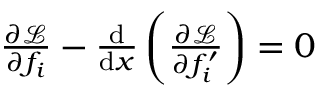
\begin{array} { r } { { \frac { \partial { \mathcal { L } } } { \partial f _ { i } } } - { \frac { \mathrm { d } } { \mathrm { d } x } } \left( { \frac { \partial { \mathcal { L } } } { \partial f _ { i } ^ { \prime } } } \right) = 0 } \end{array}